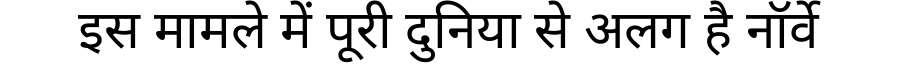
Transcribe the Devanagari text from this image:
इस मामले में पूरी दुनिया से अलग है नॉर्वे